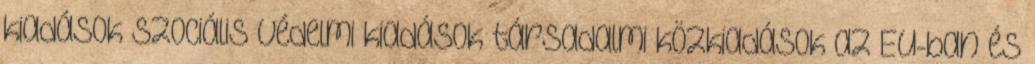
kiadások Szociális védelmi kiadások társadalmi közkiadások az EU-ban és